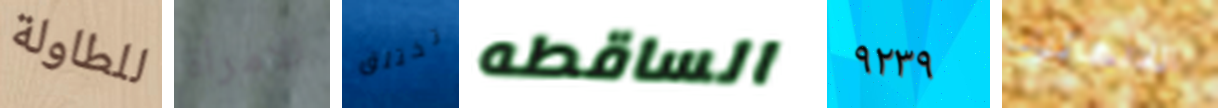
للطاولة الامرأة تختلق الساقطه ٩٢٣٩ اللانهائية